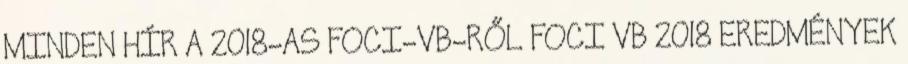
MINDEN HÍR A 2018-AS FOCI-VB-RŐL FOCI VB 2018 EREDMÉNYEK